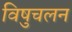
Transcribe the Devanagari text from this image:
विषुचलन